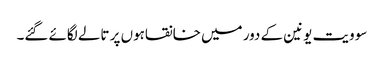
سو ویت یونین کے دور میں خانقاہوں پر تالے لگائے گئے۔